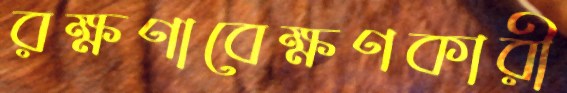
রক্ষণাবেক্ষণকারী